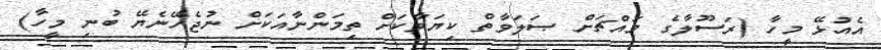
އެއުޅޭ މީހާ (ރަސޫލާގެ މައްޗަށް ޞަލަވާތް ކިޔަވާކަށް ތިމަންނާއަކަށް ނުޖެހޭނެޔޭ ބުނި މީހާ)